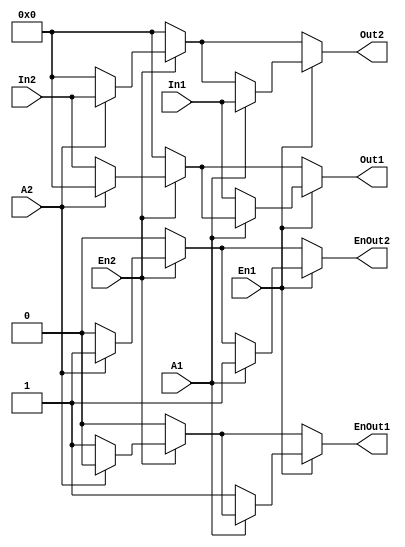
module Data_writer
(
	input [15:0] In1, In2, // Rd and Rs In
	input A1, A2, // Address Rd and Rs
	input En1, En2, // Rd and Rs Wr En
	output [15:0] Out1, Out2, // Outputs that go to resgisters 1 and 2 respectively
	output EnOut1, EnOut2 // Outputs that go to enable registers 1 and 2 respectively

);

reg [15:0] O1, O2;
reg EO1, EO2;

assign Out1 = O1;
assign Out2 = O2;

assign EnOut1 = EO1;
assign EnOut2 = EO2;



always @(*) begin

	//default is 0
	O1 = 16'h0000;
	O2 = 16'h0000;
	EO1 = 0;
	EO2 = 0;


	//if Rs WrEn is 1
	if(En2) begin
		if(A2) 	begin
						O2 = In2;
						EO2 = 1;
					end
		else 		begin
						O1 = In2;
						EO1 = 1;
					end
	end

	// If Rd and Rs point to the same address but with differnt data, proritize data on Rd
	if(En1) begin
		if(A1) 	begin
						O2 = In1;
						EO2 = 1;
					end
		else 		begin
						O1 = In1;
						EO1 = 1;
					end
	end
end

endmodule